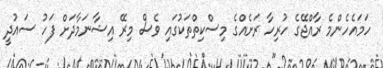
ހަމައެހެންމެ ރާއްޖޭގެ ހުރިހާ ރަށެއްގެ މިސްކިތްތަކުގައި ވެސް މިރޭ އިޝާނަމާދަށް ފަހު ސައުދީ